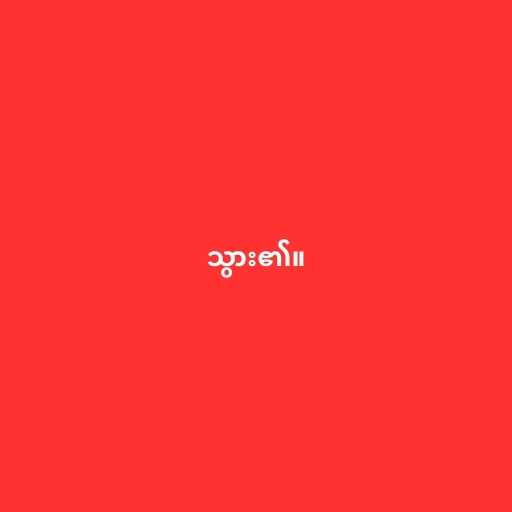
သွား၏။